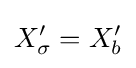
X_{\sigma }^{\prime }=X_{b}^{\prime }